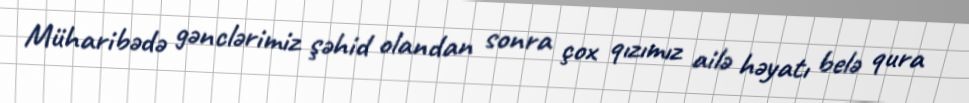
Müharibədə gənclərimiz şəhid olandan sonra çox qızımız ailə həyatı belə qura